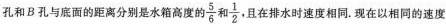
孔和B孔与底面的距离分别是水箱高度的\frac{5}{6}和\frac{1}{2},且在排水时速度相同.现在以相同的速度